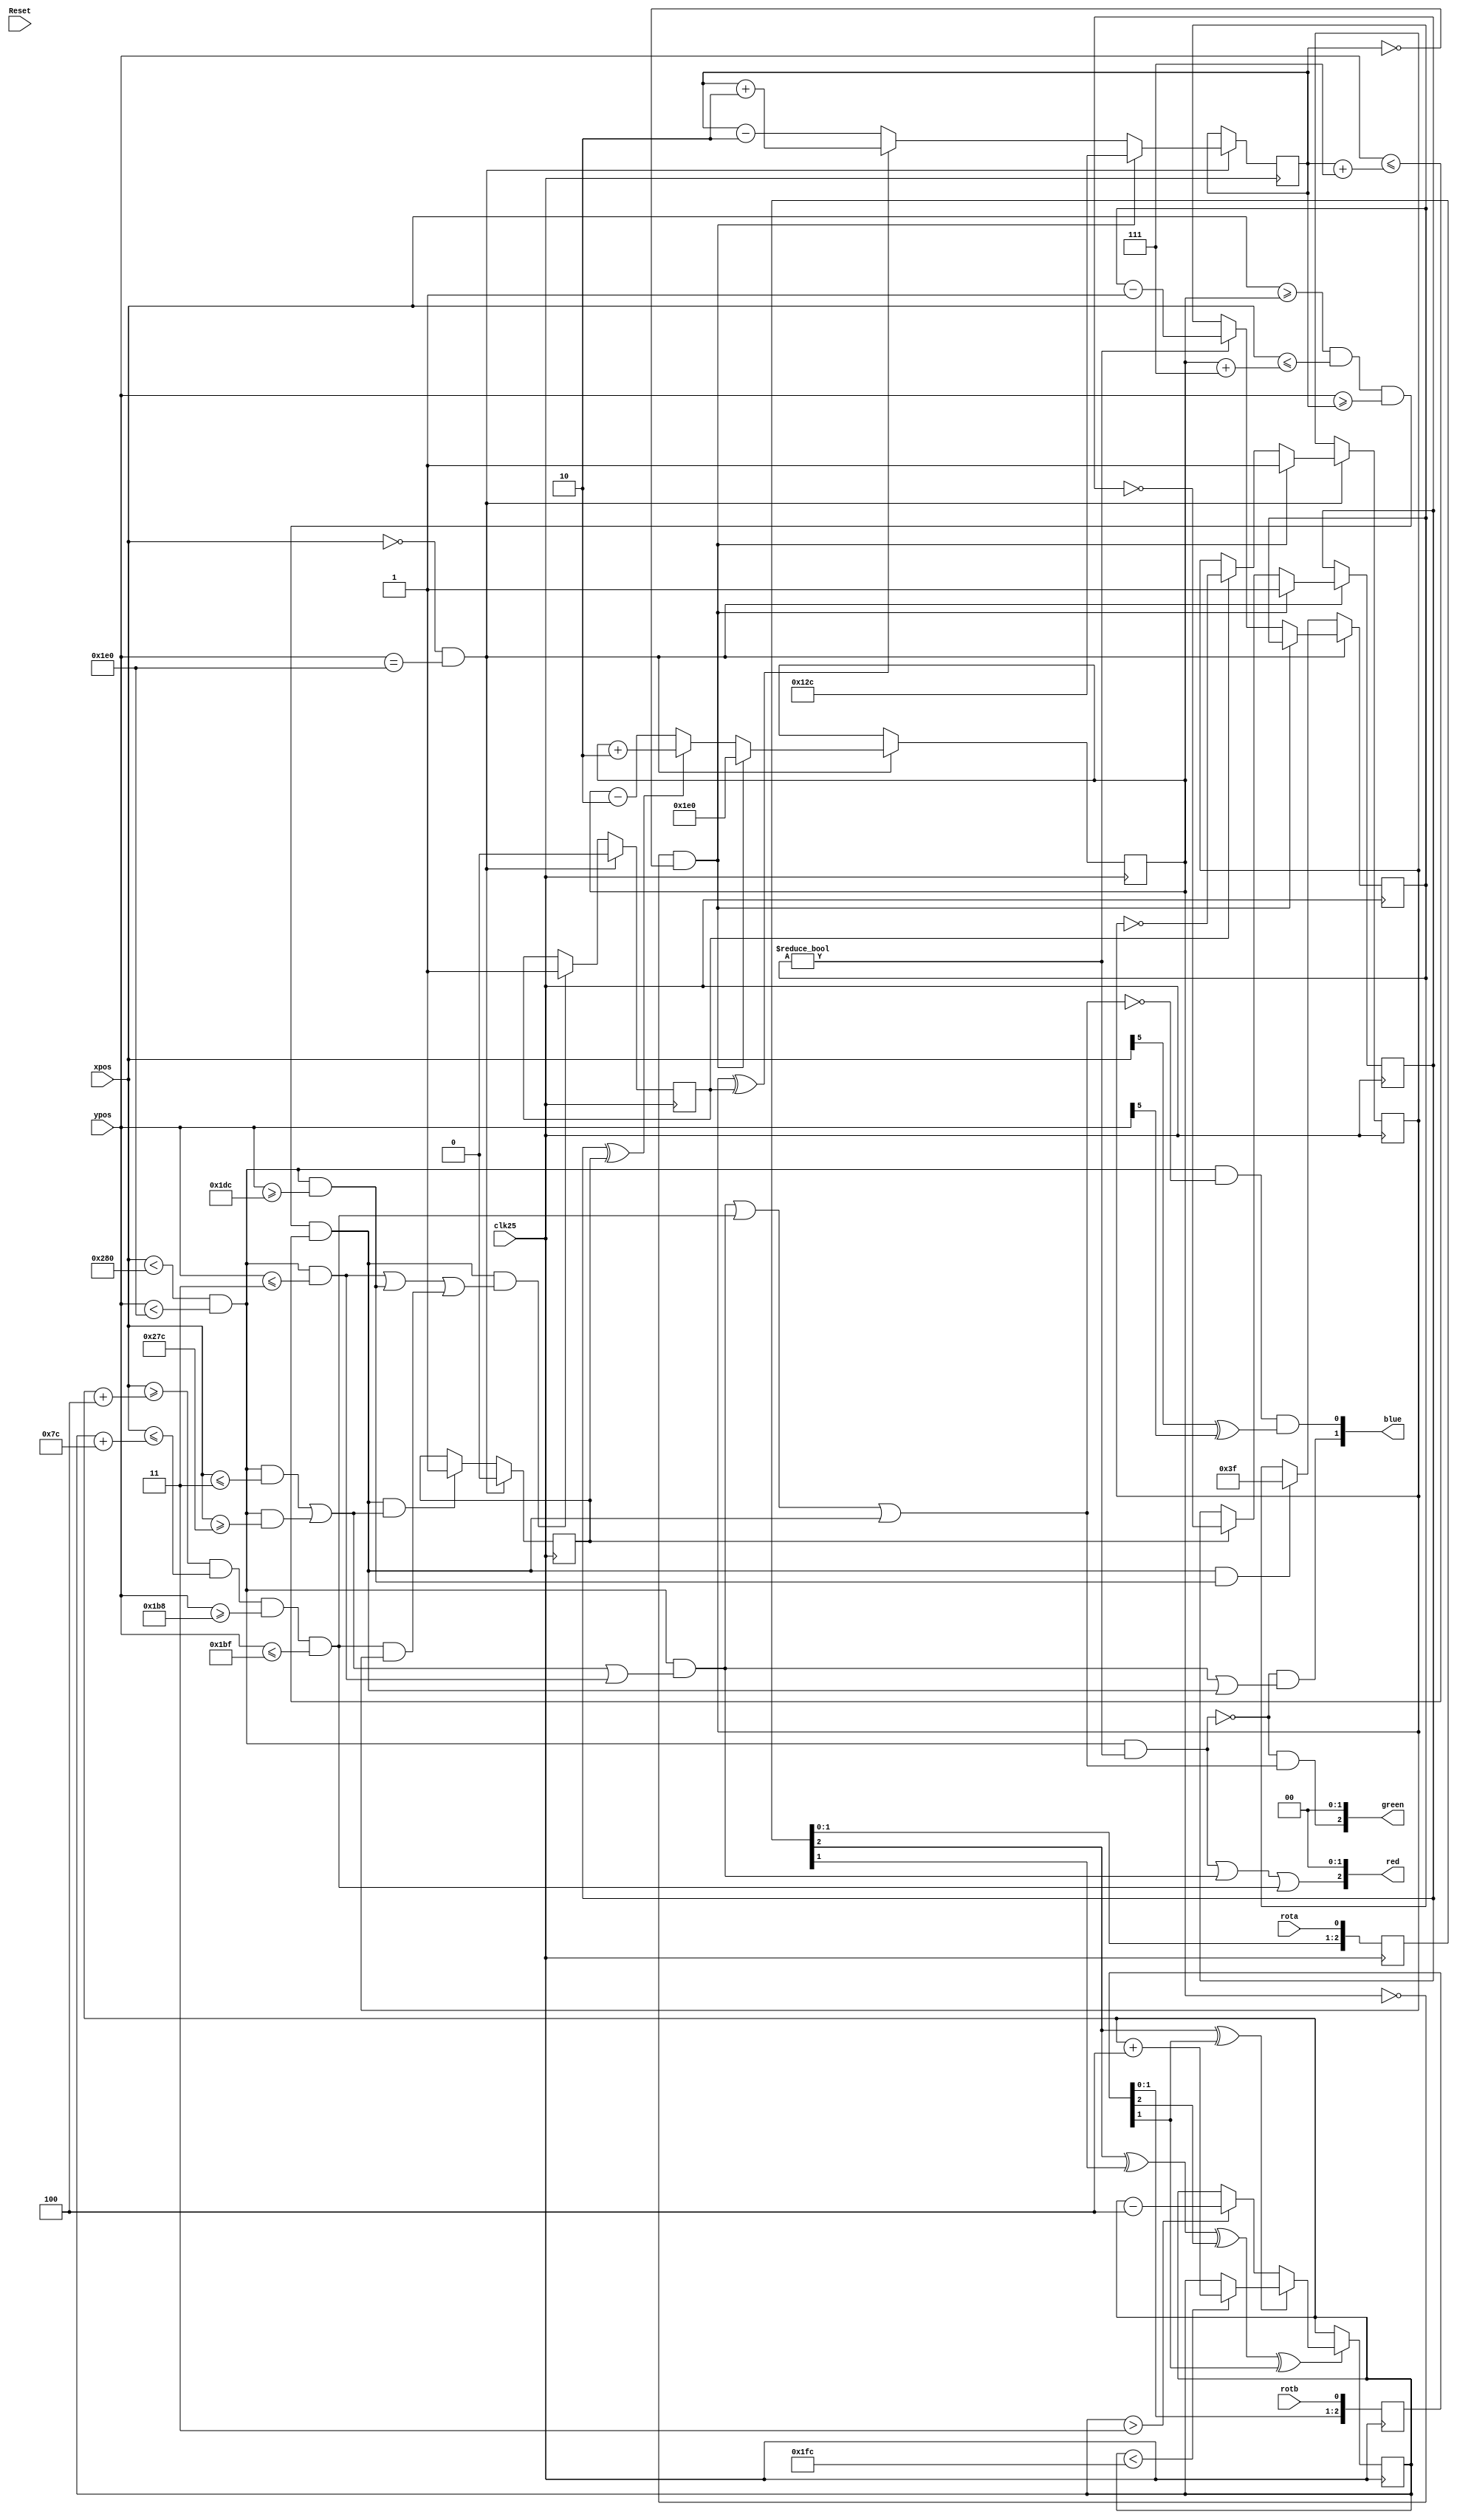
`timescale 1ns / 1ps
//Source: http://www.bigmessowires.com/2009/06/21/fpga-pong/
//
// -----------------------------------------------
// updates the ball and paddle positions, and
// determines the output video image
// -----------------------------------------------
module game_module2015(input clk25, input Reset,
				input [9:0] xpos,
				input [9:0] ypos,
				input rota,
				input rotb,
				output [2:0] red,
				output [2:0] green,
				output [1:0] blue);
		
// paddle movement		
reg [8:0] paddlePosition;
reg [2:0] quadAr, quadBr;
always @(posedge clk25) quadAr <= {quadAr[1:0], rota};
always @(posedge clk25) quadBr <= {quadBr[1:0], rotb};

always @(posedge clk25)
if(quadAr[2] ^ quadAr[1] ^ quadBr[2] ^ quadBr[1])
begin
	if(quadAr[2] ^ quadBr[1]) begin
		if(paddlePosition < 508)        // make sure the value doesn't overflow
			paddlePosition <= paddlePosition + 3'd4;
	end
	else begin
		if(paddlePosition > 2'd3)        // make sure the value doesn't underflow
			paddlePosition <= paddlePosition - 3'd4;
	end
end
		
// ball movement	
reg [9:0] ballX;
reg [8:0] ballY;
reg ballXdir, ballYdir;
reg bounceX, bounceY;
	
wire endOfFrame = (xpos == 0 && ypos == 480);
	
always @(posedge clk25) begin
	if (endOfFrame) begin // update ball position at end of each frame
		if (ballX == 0 && ballY == 0) begin // cheesy reset handling, assumes initial value of 0
			ballX <= 480;
			ballY <= 300;
		end
		else begin
			if (ballXdir ^ bounceX) 
				ballX <= ballX + 2'd2;
			else 
				ballX <= ballX - 2'd2;	

			if (ballYdir ^ bounceY) 
				ballY <= ballY + 2'd2;
			else
				ballY <= ballY - 2'd2;	
		end
	end	
end		
		
// pixel color	
reg [5:0] missTimer;	
wire visible = (xpos < 640 && ypos < 480);
wire top = (visible && ypos <= 3);
wire bottom = (visible && ypos >= 476);
wire left = (visible && xpos <= 3);
wire right = (visible && xpos >= 636);
wire border = (visible && (left || right || top));
wire paddle = (xpos >= paddlePosition+4 && xpos <= paddlePosition+124 && ypos >= 440 && ypos <= 447);
wire ball = (xpos >= ballX && xpos <= ballX+7 && ypos >= ballY && ypos <= ballY+7);
wire background = (visible && !(border || paddle || ball));
wire checkerboard = (xpos[5] ^ ypos[5]);
wire missed = visible && missTimer != 0;

assign red   = { missed || border || paddle, 2'b00 };
assign green = { !missed && (border || paddle || ball), 2'b00 };
assign blue  = { !missed && (border || ball), background && checkerboard}; 
		
// ball collision	
always @(posedge clk25) begin
	if (!endOfFrame) begin
		if (ball && (left || right))
			bounceX <= 1;
		if (ball && (top || bottom || (paddle && ballYdir)))
			bounceY <= 1;
		if (ball && bottom)
			missTimer <= 63;
	end
	else begin
		if (ballX == 0 && ballY == 0) begin // cheesy reset handling, assumes initial value of 0
			ballXdir <= 1;
			ballYdir <= 1;
			bounceX <= 0;
			bounceY <= 0;
		end 
		else begin
			if (bounceX)
				ballXdir <= ~ballXdir;
			if (bounceY)
				ballYdir <= ~ballYdir;			
			bounceX <= 0;
			bounceY <= 0;
			if (missTimer != 0)
				missTimer <= missTimer - 1'b1;
		end
	end
end
		
endmodule